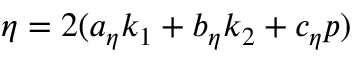
\eta = 2 ( a _ { \eta } k _ { 1 } + b _ { \eta } k _ { 2 } + c _ { \eta } p )